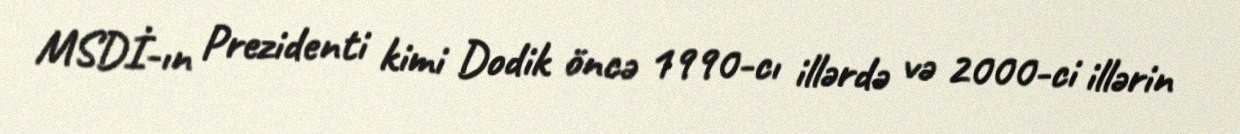
MSDİ-ın Prezidenti kimi Dodik öncə 1990-cı illərdə və 2000-ci illərin